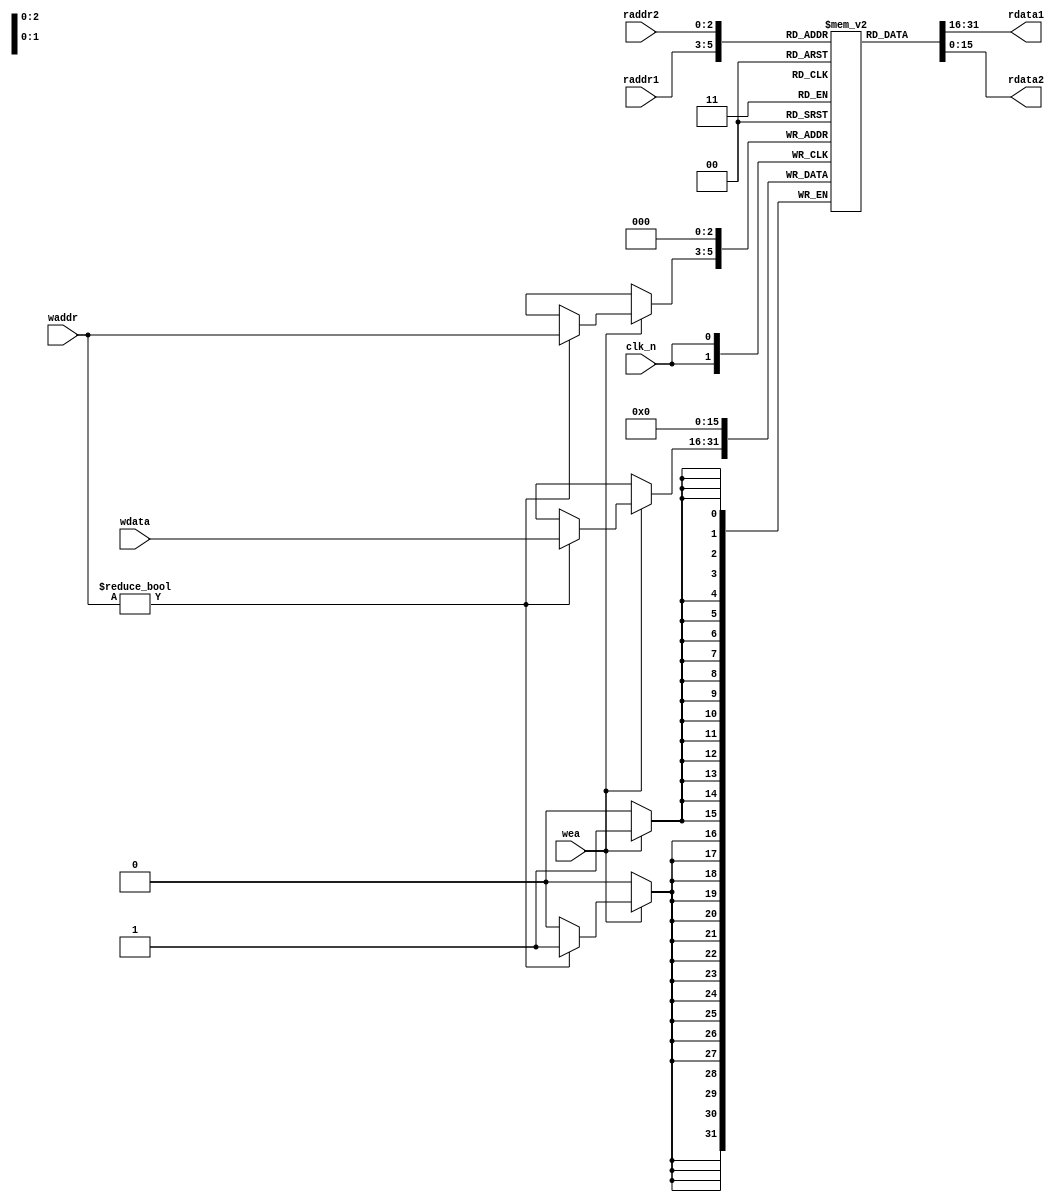
module reg_block(
  input [2:0] raddr1,
  input [2:0] raddr2,
  input [2:0] waddr,
  input [15:0] wdata,
  input clk_n,
  input wea,
  output [15:0] rdata1,
  output [15:0] rdata2
);

// 16 bits wide, 2^3 bits deep register file
// {$0,$A,$B,$C,$D,$E,$F,$G}
reg [15:0] registers [7:0];

// Reads are combinational
assign rdata1 = registers[raddr1];
assign rdata2 = registers[raddr2];

// Writes only happen when wea is high and rising edge of clock
always@(posedge clk_n) begin
  if(wea) begin
    registers[3'b0] <= 16'b0;
    if(waddr != 3'b0) begin
      registers[waddr] <= wdata;
    end
  end
end

endmodule